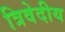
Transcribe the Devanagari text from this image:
त्रिवेदीय